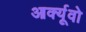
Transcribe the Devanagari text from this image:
आर्क्यूवो